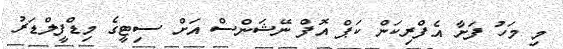
މި މަހު ފަށާ އެފްރިކަން ކަޕް އޮފް ނޭޝަންސް އަށް ސިޓީގެ މިޑްފީލްޑަރު